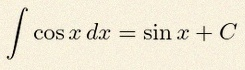
\int \cos x\,dx=\sin x+C